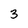
Character: 3